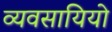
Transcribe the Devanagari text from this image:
व्यवसायियो